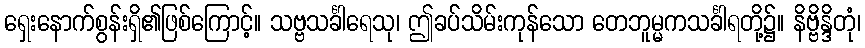
ရှေးနောက်စွန်းရှိ၏ဖြစ်ကြောင့်။ သဗ္ဗသင်္ခါရေသု၊ ဤခပ်သိမ်းကုန်သော တေဘူမ္မကသင်္ခါရတို့၌။ နိဗ္ဗိန္ဒိတုံ၊